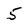
Character: 5